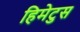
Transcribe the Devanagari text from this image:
हिमेटुस